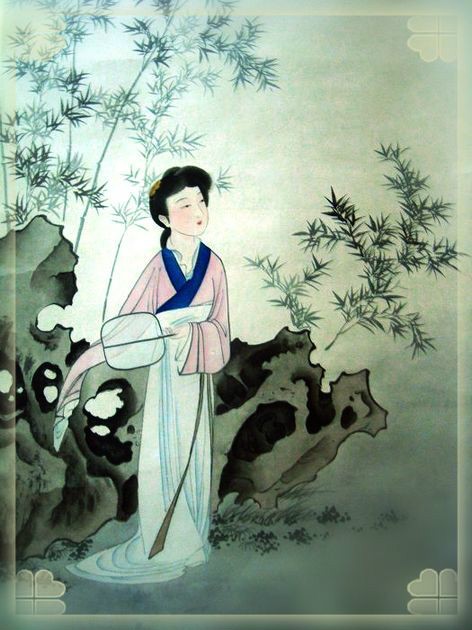
应难奈，故人天际，望彻淮山，相思无雁足。